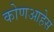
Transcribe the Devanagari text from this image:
कोणआहेस